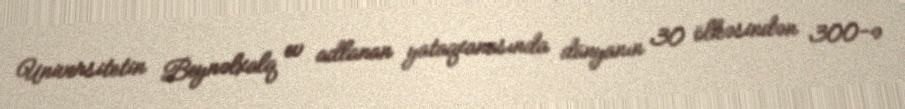
Universitetin Beynəlxalq ev adlanan yataqxanasında dünyanın 30 ölkəsindən 300-ə